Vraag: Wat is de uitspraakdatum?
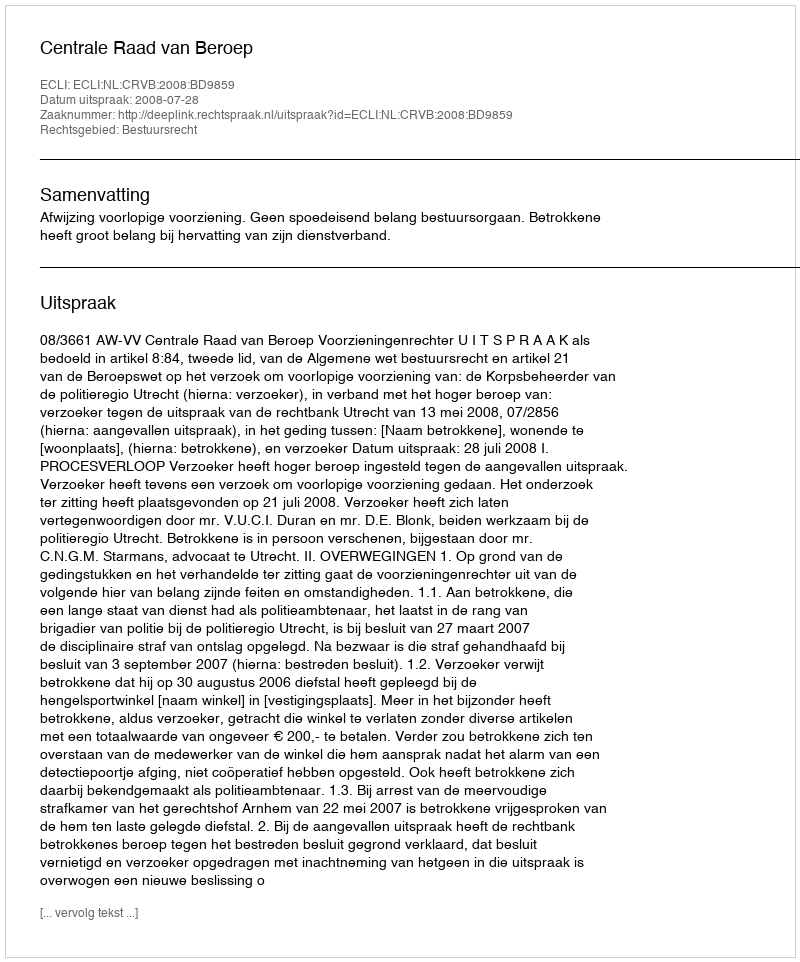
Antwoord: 2008-07-28